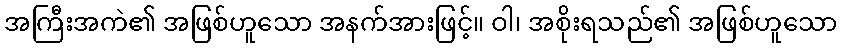
အကြီးအကဲ၏ အဖြစ်ဟူသော အနက်အားဖြင့်။ ဝါ၊ အစိုးရသည်၏ အဖြစ်ဟူသော